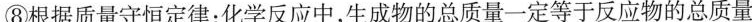
⑧根据质量守恒定律：化学反应中，生成物的总质量一定等于反应物的总质量